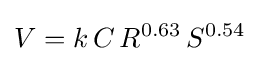
V=k\,C\,R^{0.63}\,S^{0.54}